Civil Veterinary Dept. Bombay admin report 1893-99 - 1893-1899
Year: 1893
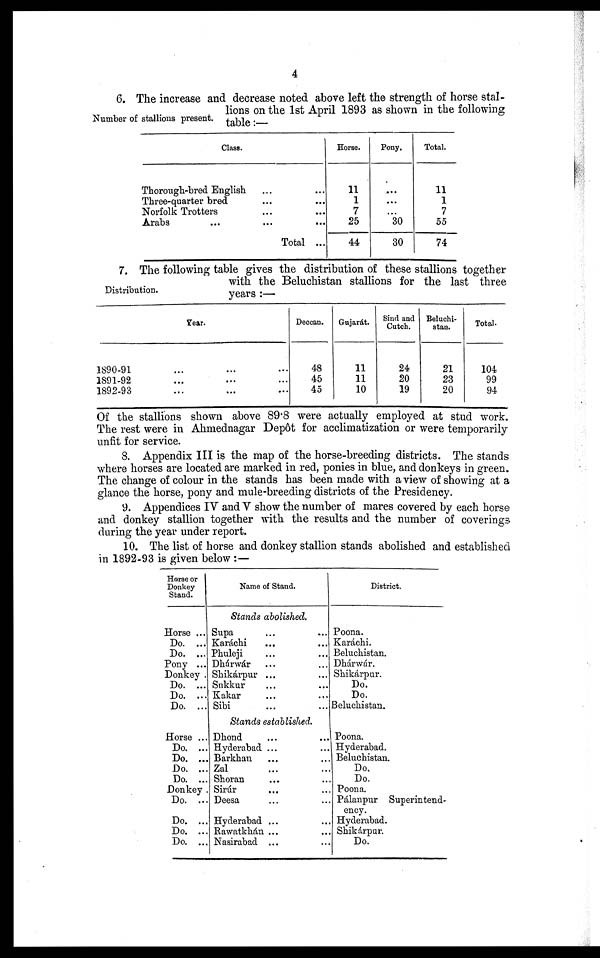
4
Number of stallions present.
6. The increase and decrease noted above left the strength of horse stal-
lions on the 1st April 1893 as shown in the following
table:—
Class.
Thorough-bred English... ...
Three-quarter
bred...
...
Norfolk Trotters...
...
Arabs
...
... ...
Total ...
Horse.
11
1
7
25
44
Pony.
...
...
...
30
30
Total.
11
1
7
55
74
Distribution.
7. The following table gives the distribution of these stallions together
with the Beluchistan stallions for the last three
years:—
Year.
1890-91 ... ... ...
1891-92
...
...
...
1892-93
...
...
...
Deccan.
48
45
45
Gujarát.
11
11
10
Sind and
Cutch.
24
20
19
Beluchi-
stan.
21
23
20
Total.
104
99
94
Of the stallions shown above 89.8 were actually employed at stud work.
The rest were in Ahmednagar Depôt for acclimatization or were temporarily
unfit for service.
8. Appendix III is the map of the horse-breeding districts. The stands
where horses are located are marked in red, ponies in blue, and donkeys in green.
The change of colour in the stands has been made with a view of showing at a
glance the horse, pony and mule-breeding districts of the Presidency.
9. Appendices IV and V show the number of mares covered by each horse
and donkey stallion together with the results and the number of coverings
during the year under report.
10. The list of horse and donkey stallion stands abolished and established
in 1892-93 is given below:—
Horse or
Donkey
Stand.
Horse ...
Do. ...
Do. ...
Pony ...
Donkey .
Do. ...
Do. ...
Do. ...
Horse ...
Do. ...
Do. ...
Do. ...
Do. ...
Donkey .
Do. ...
Do. ...
Do. ...
Do. ...
Name of Stand.
Stands abolished.
Supa ... ...
Karáchi ... ...
Phuleji ... ...
Dhárwár ... ...
Shikárpur ... ...
Sukkur ... ...
Kakar ... ...
Sibi ... ...
Stands established.
Dhond ... ...
Hyderabad ... ...
Barkhan ... ...
Zal ... ...
Shoran ... ...
Sirúr ... ...
Deesa ... ...
Hyderabad ...
Rawatkhán ... ...
Nasirabad ... ...
District.
Poona.
Karáchi.
Beluchistan.
Dhárwár.
Shikárpur.
Do.
Do.
Beluchistan.
Poona.
Hyderabad.
Beluchistan.
Do.
Do.
Poona.
Pálanpur Superintend-
ency.
Hyderabad.
Shikárpur.
Do.